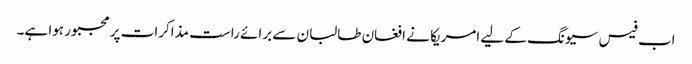
اب فیس سیونگ کے لیے امریکا نے افغان طالبان سے برائے راست مذاکرات پر مجبور ہوا ہے۔